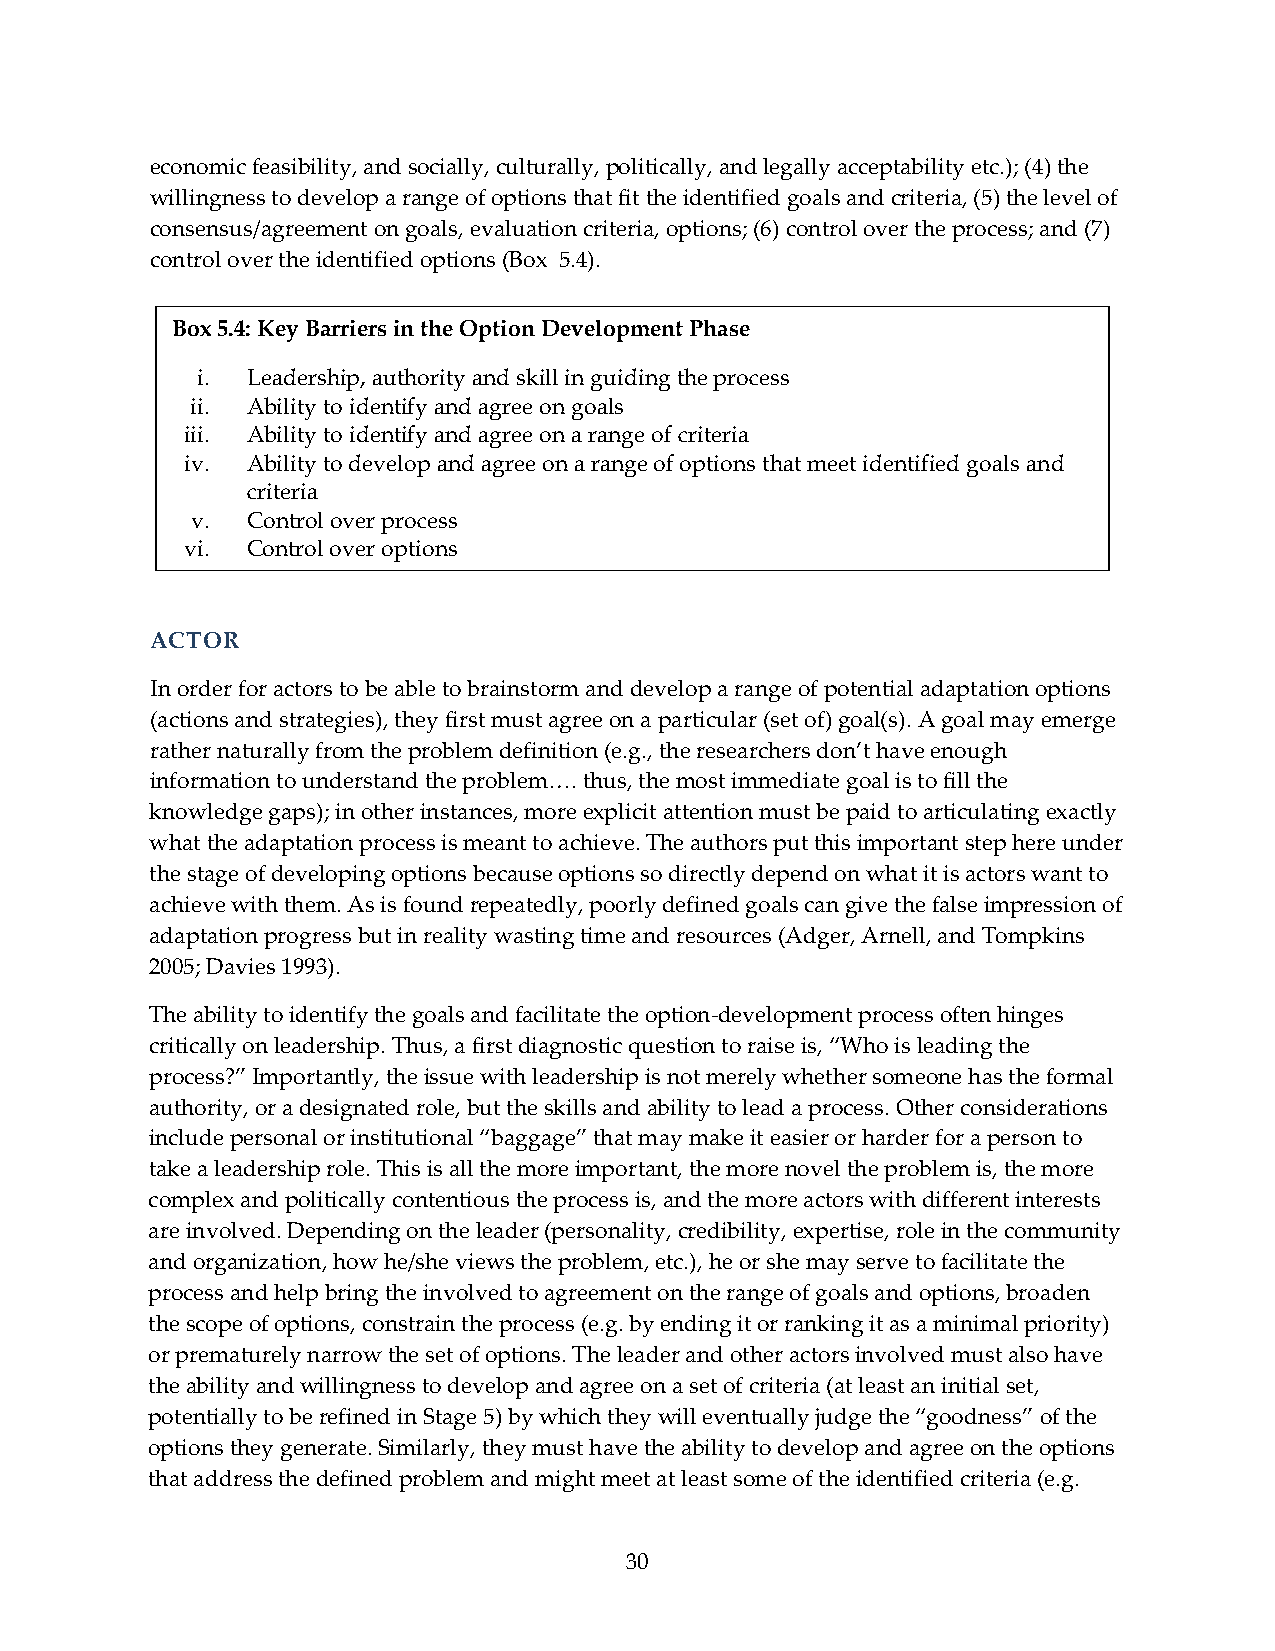
economic feasibility, and socially, culturally, politically, and legally acceptability etc.); (4) the
 willingness to develop a range of options that fit the identified goals and criteria, (5) the level of
 consensus/agreement on goals, evaluation criteria, options; (6) control over the process; and (7)
 control over the identified options (Box 5.4).
 Box 5.4: Key Barriers in the Option Development Phase
 i. Leadership, authority and skill in guiding the process
 ii. Ability to identify and agree on goals
 iii. Ability to identify and agree on a range of criteria
 iv. Ability to develop and agree on a range of options that meet identified goals and
 criteria
 v. Control over process
 vi. Control over options
 ACTOR
 In order for actors to be able to brainstorm and develop a range of potential adaptation options
 (actions and strategies), they first must agree on a particular (set of) goal(s). A goal may emerge
 rather naturally from the problem definition (e.g., the researchers don’t have enough
 information to understand the problem…. thus, the most immediate goal is to fill the
 knowledge gaps); in other instances, more explicit attention must be paid to articulating exactly
 what the adaptation process is meant to achieve. The authors put this important step here under
 the stage of developing options because options so directly depend on what it is actors want to
 achieve with them. As is found repeatedly, poorly defined goals can give the false impression of
 adaptation progress but in reality wasting time and resources (Adger, Arnell, and Tompkins
 2005; Davies 1993).
 The ability to identify the goals and facilitate the option‐development process often hinges
 critically on leadership. Thus, a first diagnostic question to raise is, “Who is leading the
 process?” Importantly, the issue with leadership is not merely whether someone has the formal
 authority, or a designated role, but the skills and ability to lead a process. Other considerations
 include personal or institutional “baggage” that may make it easier or harder for a person to
 take a leadership role. This is all the more important, the more novel the problem is, the more
 complex and politically contentious the process is, and the more actors with different interests
 are involved. Depending on the leader (personality, credibility, expertise, role in the community
 and organization, how he/she views the problem, etc.), he or she may serve to facilitate the
 process and help bring the involved to agreement on the range of goals and options, broaden
 the scope of options, constrain the process (e.g. by ending it or ranking it as a minimal priority)
 or prematurely narrow the set of options. The leader and other actors involved must also have
 the ability and willingness to develop and agree on a set of criteria (at least an initial set,
 potentially to be refined in Stage 5) by which they will eventually judge the “goodness” of the
 options they generate. Similarly, they must have the ability to develop and agree on the options
 that address the defined problem and might meet at least some of the identified criteria (e.g.
 30